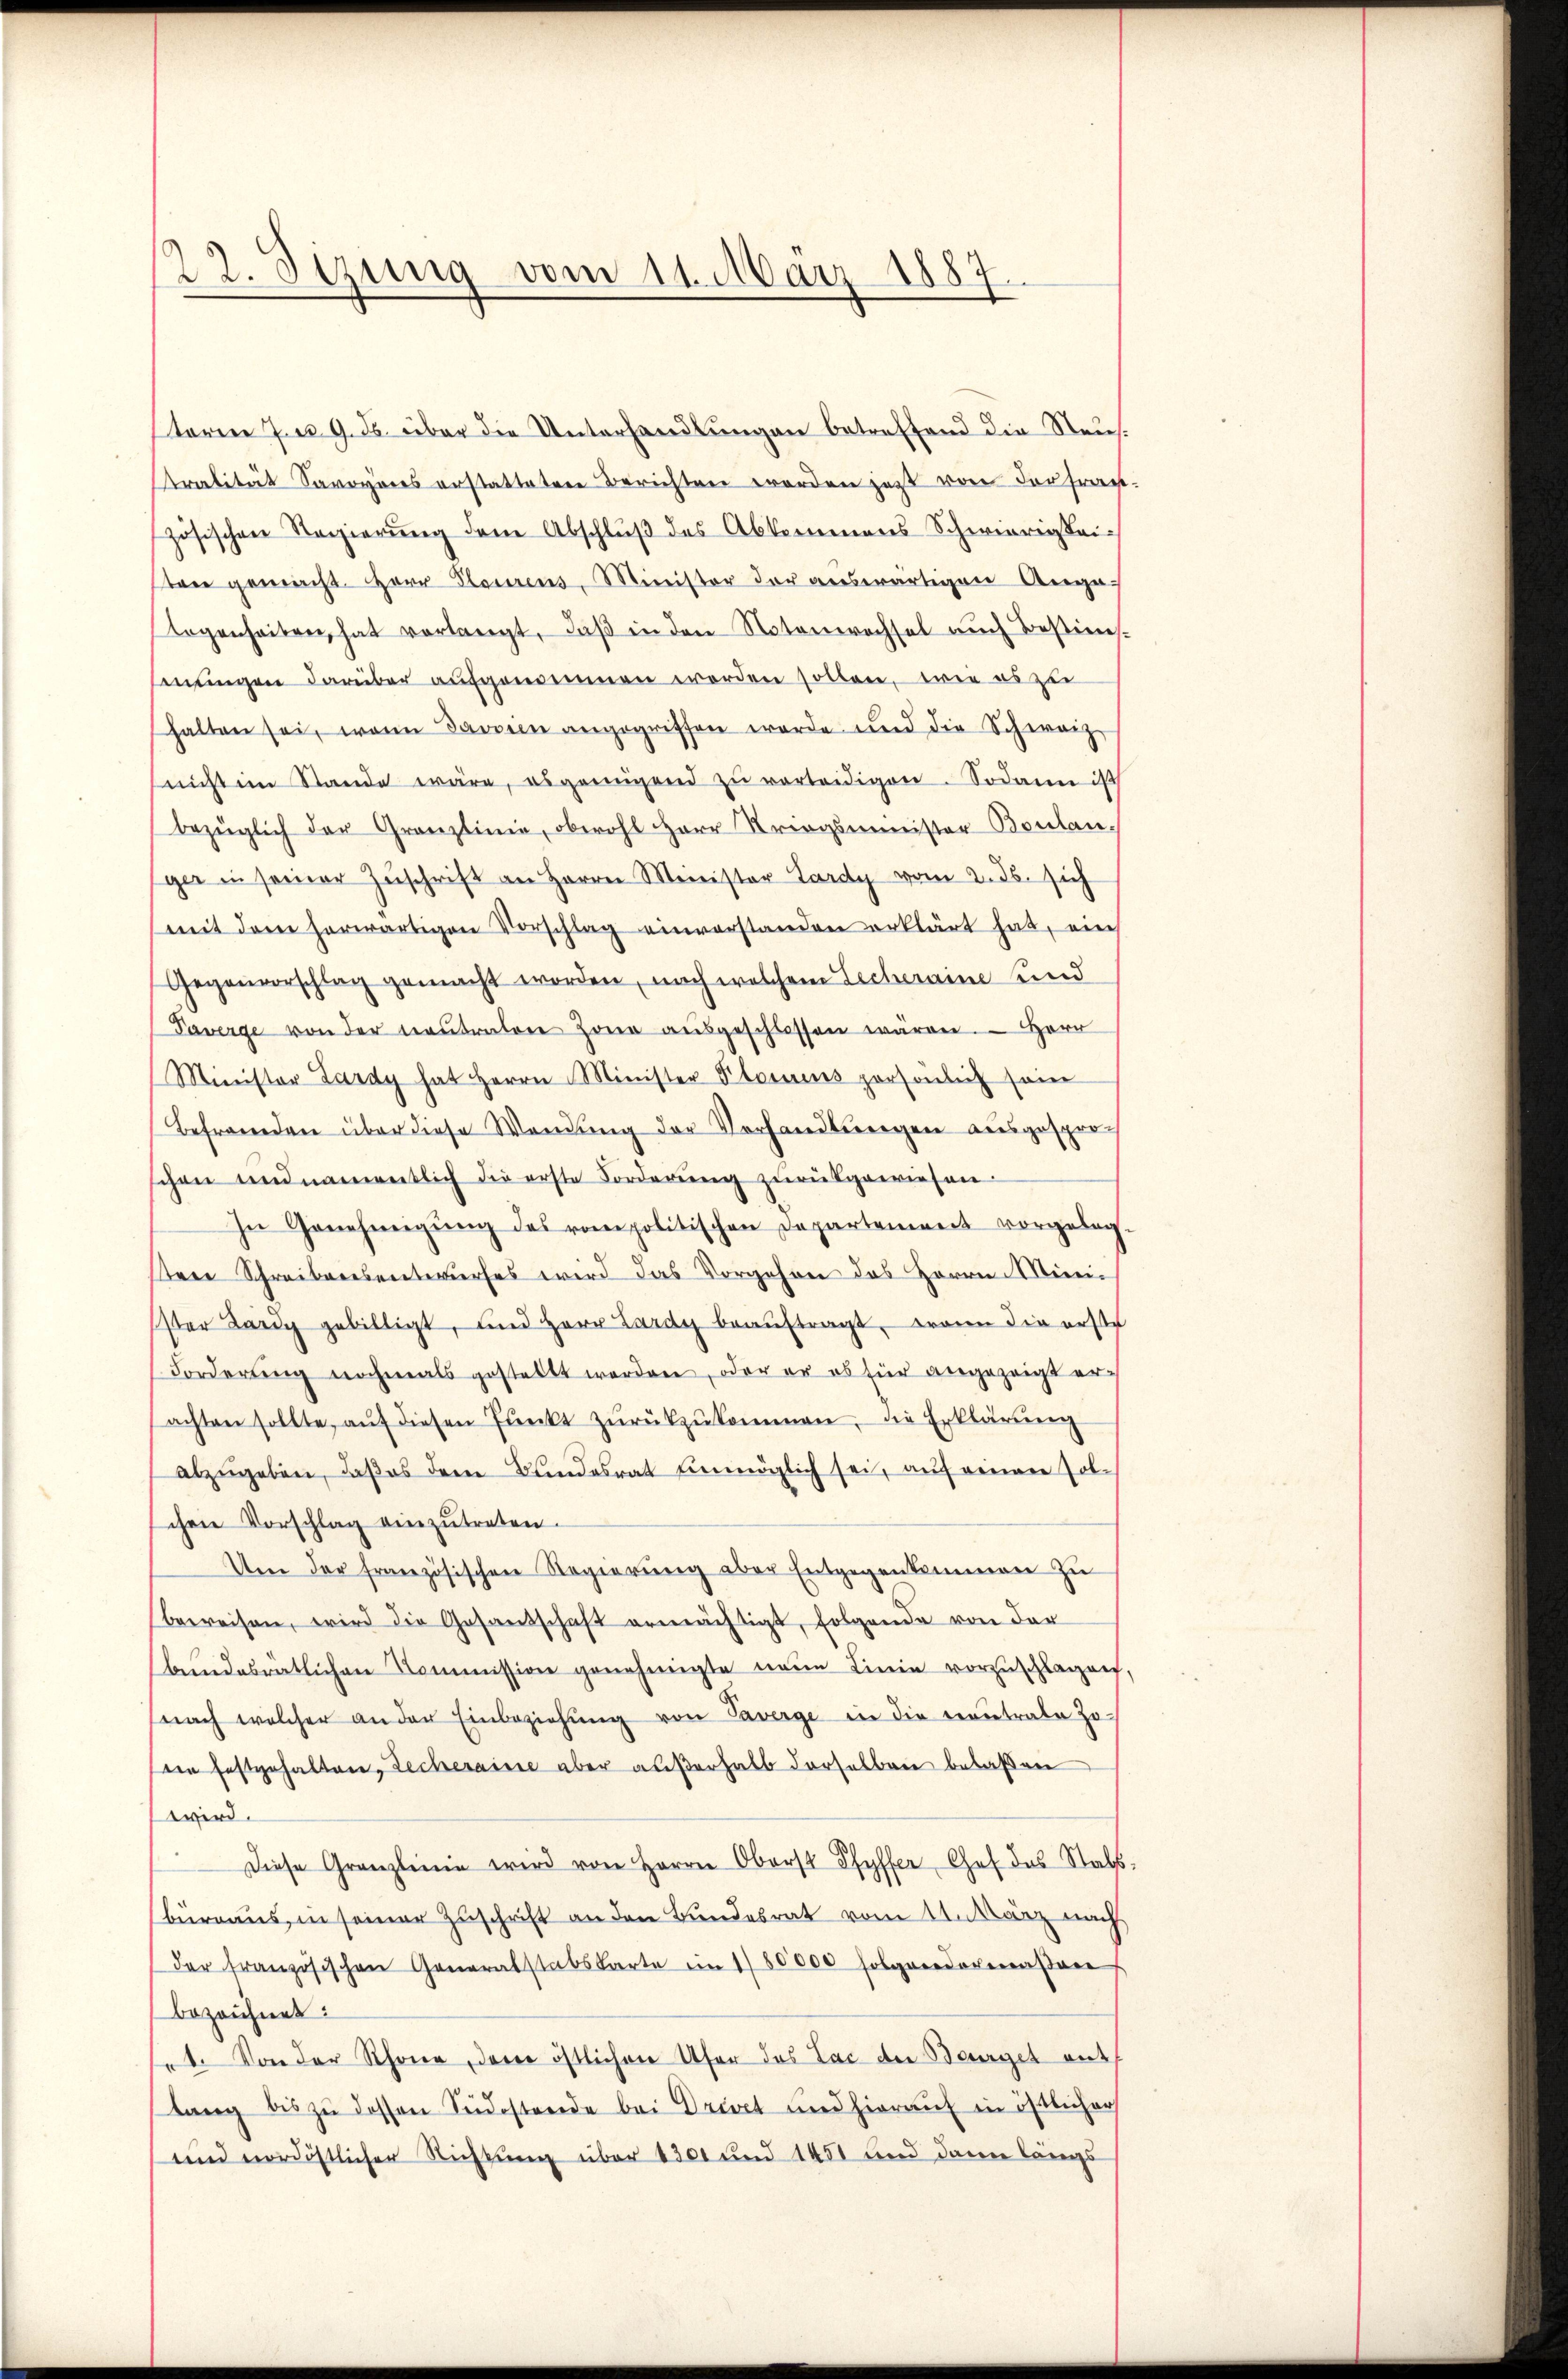
22. Sizung vom 11. März 1887

sterm 7. u. 9. ds. über die Unterhandlungen betreffend die Steuralität Savoyes erstatteten Berichten worden jetzt von der fragt.
zösischen Regierŭng dem Abschlŭβ des Abkommens Schwierigkei-
tone gemacht. Herr Planirens, Minister der aŭswärtigen Anga
logenheiten, hat verlangt, daß in den Notenwechsel auch Bestimmungen darüber aufgenommen werden sollen, wie es zu
halten sei, wenn darin angegriffen werde und die Schweiz
nicht im Stande wäre, es genügend zŭ verteidigen. Sodann is
bezüglich der Granzlinie, obwohl Herr Striegsminister Boulan,
ger in seiner Zŭschrift an Herrn Minister Lardy vom 2. ds. sich
mit dem herwärtigen Vorschlag einverstanden erklärt hat, ein
Gegenvorschlag gemacht worden, nach welchem Lecheraine und
Taverge von der neŭtraton Zone aŭsgeschlossen wären. Herr
Minister Lardy hat Herrn Minister Planes persönlich sein
Befremden über diese Wendung der Vorhandlungen ausgesproch
chen und namentlich die erste Forderung zurückgewiesen.
In Genehmigŭng des von politischen Departement vorgeleg-
tene Schreibensentwurfes wird das Vorgehen des Herrn Minister Lardy gebilligt, und Herr Lardy beaŭftragt, wann die erste
Forderŭng nochmals gestellt werden, oder er es für angezeigt er-
achten sollte, aŭf diesen Pŭnkt zŭrückzŭkommen, die Erklärung
abzŭgeben, daβ es dem Bundesrat unmöglich sei, auf einen Zolschen Vorschlag einzŭtreten.
Um der französischen Regierung aber Entgegenkommen zu
beweisen, wird die Gesandschaft ermächtigt, folgende von der
bundesrätlichen Kommission genehmigte neue Linie vorzuschlagen,
nach welcher an der Einbeziehŭng von Taverge in die Revertrate Joein festgehalten, Lecheraine aber außerhalb derselben belaßen
wird.
Diese Grenzlinie wird von Herrn Oberst Pfyffer Chef des Stabs-
büreaus in seiner Zuschrift an den Bundesrat vom 11. März nach
der französischen Generalstabskarte im 180000 Folgeredovenaßares
bezeichnet:
t. Von der Schöne, der östlichen Ufer das Lac der Baugel mit
slang bis zu dessen Südostende bei Driret und hierauf in östlicher
und nordöstlicher Richtung über 1300 und 1451 und dann längs